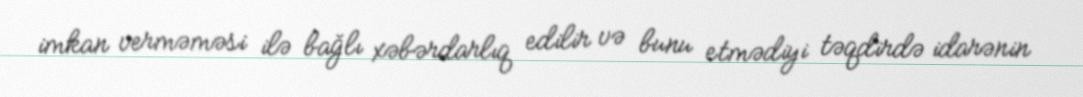
imkan verməməsi ilə bağlı xəbərdarlıq edilir və bunu etmədiyi təqdirdə idarənin